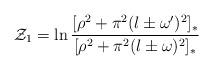
LaTeX: \begin{align*}{\cal Z}_1=\ln\frac{[\rho^2+\pi^2( l\pm\omega')^2]_*}{[\rho^2+\pi^2( l\pm\omega)^2]_*}\end{align*}